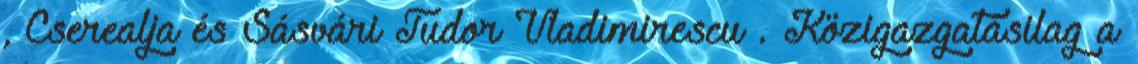
, Cserealja és Sásvári Tudor Vladimirescu . Közigazgatásilag a